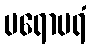
ပရောပရံ